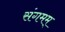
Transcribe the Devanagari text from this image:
संगमम्